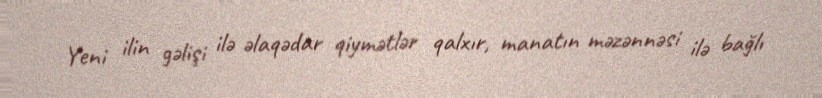
Yeni ilin gəlişi ilə əlaqədar qiymətlər qalxır, manatın məzənnəsi ilə bağlı